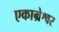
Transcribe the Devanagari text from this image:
एकाम्रेश्वर